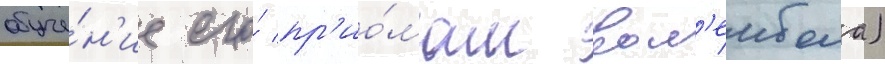
обуче́н'ие его́ пр'ио́мам вол'еибола)